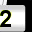
Digit: 2